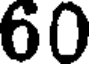
60